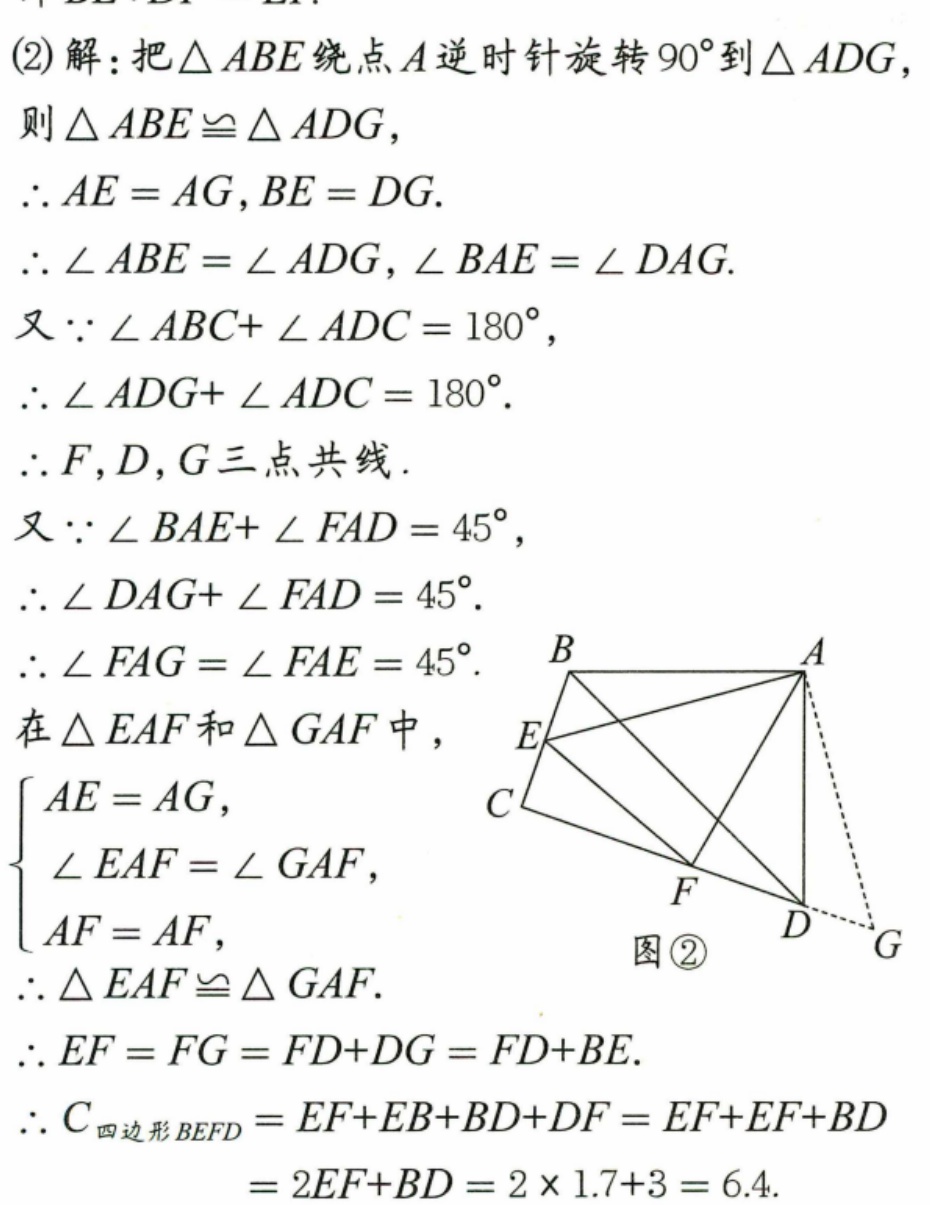
(2) 解：把\(\triangle ABE\)绕点\(A\)逆时针旋转\(90^{\circ}\)到\(\triangle ADG\)，
则\(\triangle ABE\cong\triangle ADG\)，
\(\therefore AE = AG\)，\(BE = DG\).
\(\therefore \angle ABE=\angle ADG\)，\(\angle BAE=\angle DAG\).
又\(\because \angle ABC + \angle ADC=180^{\circ}\)，
\(\therefore \angle ADG+\angle ADC = 180^{\circ}\).
\(\therefore F\)，\(D\)，\(G\)三点共线.
又\(\because \angle BAE+\angle FAD = 45^{\circ}\)，
\(\therefore \angle DAG+\angle FAD = 45^{\circ}\).
\(\therefore \angle FAG=\angle FAE = 45^{\circ}\).
在\(\triangle EAF\)和\(\triangle GAF\)中，
\(\begin{cases}
AE = AG,\\
\angle EAF=\angle GAF,\\
AF = AF,
\end{cases}\)
\(\therefore \triangle EAF\cong\triangle GAF\).
\(\therefore EF = FG=FD + DG=FD + BE\).
\(\therefore C_{四边形BEFD}=EF + EB+BD + DF=EF + EF+BD\)
\(=2EF + BD=2\times1.7 + 3=6.4\).